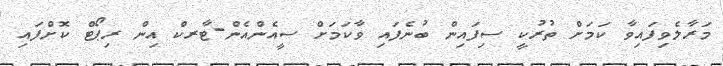
މަރާލެވިފައިވާ ކަމަށް ތުރުކީ ސިފައިން ބުނެފައި ވާކަމަށް ސީއެންއެން-ޓާރކް އިން ރިޕޯޓް ކޮށްފައި